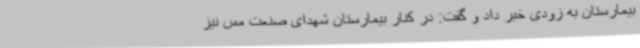
بیمارستان به زودی خبر داد و گفت: در کنار بیمارستان شهدای صنعت مس نیز